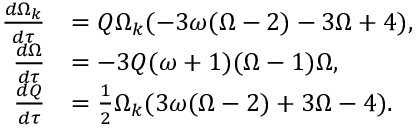
\begin{array} { r l } { \frac { d \Omega _ { k } } { d \tau } } & { = Q \Omega _ { k } ( - 3 \omega ( \Omega - 2 ) - 3 \Omega + 4 ) , } \\ { \frac { d \Omega } { d \tau } } & { = - 3 Q ( \omega + 1 ) ( \Omega - 1 ) \Omega , } \\ { \frac { d Q } { d \tau } } & { = \frac { 1 } { 2 } \Omega _ { k } ( 3 \omega ( \Omega - 2 ) + 3 \Omega - 4 ) . } \end{array}